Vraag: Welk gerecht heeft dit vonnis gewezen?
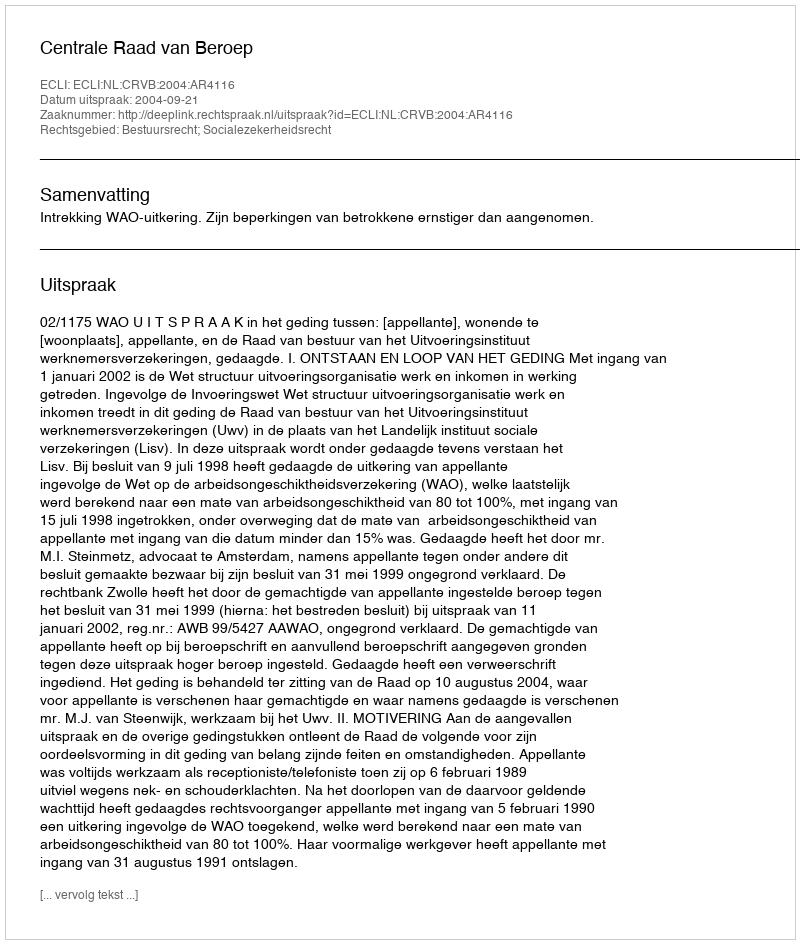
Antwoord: Centrale Raad van Beroep